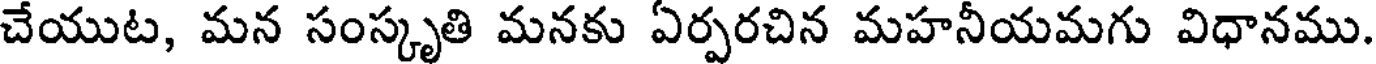
చేయుట, మన సంస్కృతి మనకు ఏర్పరచిన మహనీయమగు విధానము.